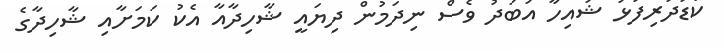
ކުޑަދަރިފުޅު ޝައިހާ އަބަދު ވެސް ނިދަމުން ދިޔައީ ޝާހިދާއާ އެކު ކަމަށާއި ޝާހިދާގެ